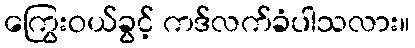
ကြွေးဝယ်ခွင့် ကဒ်လက်ခံပါသလား။